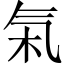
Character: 𬇏